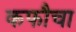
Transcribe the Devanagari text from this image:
कफौचा